画像に写った文字を読んでください
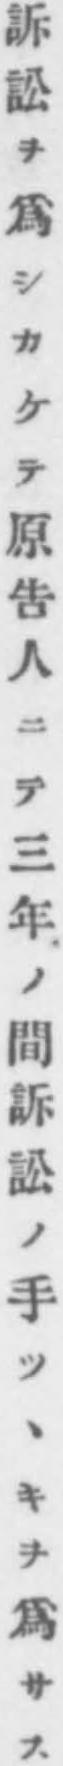
「訴訟ヲ爲シカケテ原告人ニテ三年ノ間訴訟ノ手ツヽキヲ爲サス」と書いてあります